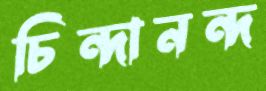
চিন্দানন্দ